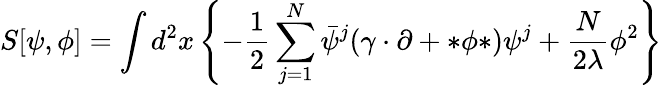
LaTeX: S[\psi,\phi]=\int d^{2}x\left\{ -\frac{1}{2}\sum_{j=1}^{N}\bar{\psi}^{j}(\gamma\cdot\partial+*\phi*)\psi^{j}+\frac{N}{2\lambda}\phi^{2}\right\}